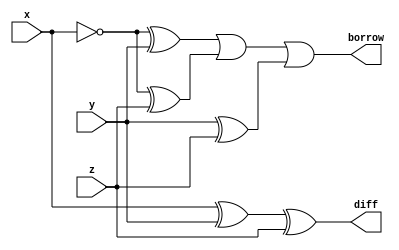
module full_subtractor(
    input x,
    input y,
    input z,
    output borrow,
    output diff
    );
    
    assign diff = x^y^z;
    assign borrow = ~x^y | ~x^z | y^z;
endmodule